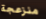
منزعجة